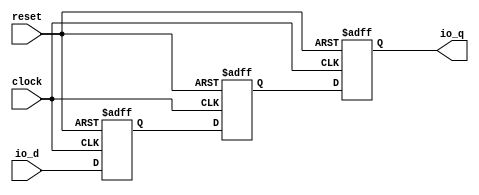
module AsyncResetSynchronizerPrimitiveShiftReg_d3_i0_1( // @[:freechips.rocketchip.system.DefaultRV32Config.fir@104968.2]
  input   clock, // @[:freechips.rocketchip.system.DefaultRV32Config.fir@104969.4]
  input   reset, // @[:freechips.rocketchip.system.DefaultRV32Config.fir@104970.4]
  input   io_d, // @[:freechips.rocketchip.system.DefaultRV32Config.fir@104971.4]
  output  io_q // @[:freechips.rocketchip.system.DefaultRV32Config.fir@104971.4]
);
`ifdef RANDOMIZE_REG_INIT
  reg [31:0] _RAND_0;
  reg [31:0] _RAND_1;
  reg [31:0] _RAND_2;
`endif // RANDOMIZE_REG_INIT
  reg  sync_0; // @[SynchronizerReg.scala 59:89:freechips.rocketchip.system.DefaultRV32Config.fir@104974.4]
  reg  sync_1; // @[SynchronizerReg.scala 59:89:freechips.rocketchip.system.DefaultRV32Config.fir@104975.4]
  reg  sync_2; // @[SynchronizerReg.scala 59:89:freechips.rocketchip.system.DefaultRV32Config.fir@104976.4]
  assign io_q = sync_0; // @[SynchronizerReg.scala 67:10:freechips.rocketchip.system.DefaultRV32Config.fir@104981.4]
`ifdef RANDOMIZE_GARBAGE_ASSIGN
`define RANDOMIZE
`endif
`ifdef RANDOMIZE_INVALID_ASSIGN
`define RANDOMIZE
`endif
`ifdef RANDOMIZE_REG_INIT
`define RANDOMIZE
`endif
`ifdef RANDOMIZE_MEM_INIT
`define RANDOMIZE
`endif
`ifndef RANDOM
`define RANDOM $random
`endif
`ifdef RANDOMIZE_MEM_INIT
  integer initvar;
`endif
`ifndef SYNTHESIS
`ifdef FIRRTL_BEFORE_INITIAL
`FIRRTL_BEFORE_INITIAL
`endif
initial begin
  `ifdef RANDOMIZE
    `ifdef INIT_RANDOM
      `INIT_RANDOM
    `endif
    `ifndef VERILATOR
      `ifdef RANDOMIZE_DELAY
        #`RANDOMIZE_DELAY begin end
      `else
        #0.002 begin end
      `endif
    `endif
`ifdef RANDOMIZE_REG_INIT
  _RAND_0 = {1{`RANDOM}};
  sync_0 = _RAND_0[0:0];
  _RAND_1 = {1{`RANDOM}};
  sync_1 = _RAND_1[0:0];
  _RAND_2 = {1{`RANDOM}};
  sync_2 = _RAND_2[0:0];
`endif // RANDOMIZE_REG_INIT
  if (reset) begin
    sync_0 = 1'h0;
  end
  if (reset) begin
    sync_1 = 1'h0;
  end
  if (reset) begin
    sync_2 = 1'h0;
  end
  `endif // RANDOMIZE
end // initial
`ifdef FIRRTL_AFTER_INITIAL
`FIRRTL_AFTER_INITIAL
`endif
`endif // SYNTHESIS
  always @(posedge clock or posedge reset) begin
    if (reset) begin
      sync_0 <= 1'h0;
    end else begin
      sync_0 <= sync_1;
    end
  end
  always @(posedge clock or posedge reset) begin
    if (reset) begin
      sync_1 <= 1'h0;
    end else begin
      sync_1 <= sync_2;
    end
  end
  always @(posedge clock or posedge reset) begin
    if (reset) begin
      sync_2 <= 1'h0;
    end else begin
      sync_2 <= io_d;
    end
  end
endmodule